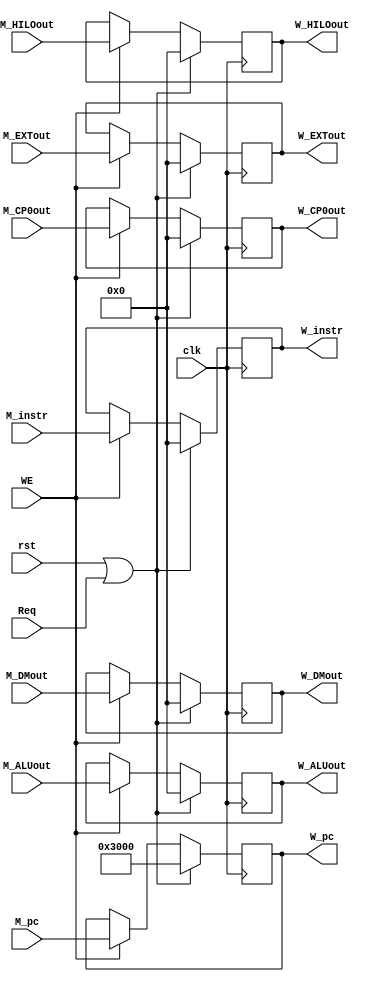
module W_REG (
    input clk,
    input rst,
    input WE,
    input Req,
    input [31:0] M_instr,
    input [31:0] M_pc,
    input [31:0] M_EXTout,
    input [31:0] M_ALUout,
    input [31:0] M_DMout,
    input [31:0] M_HILOout,
    input [31:0] M_CP0out,
    output reg [31:0] W_instr,
    output reg [31:0] W_pc,
    output reg [31:0] W_EXTout,
    output reg [31:0] W_ALUout,
    output reg [31:0] W_DMout,
    output reg [31:0] W_HILOout,
    output reg [31:0] W_CP0out
    );

    always @(posedge clk) begin
        if(rst || Req) begin
            W_instr <= 0;
            W_pc <= 32'h3000;
            W_EXTout <= 0;
            W_ALUout <= 0;
            W_DMout <= 0;
            W_HILOout <= 0;
            W_CP0out <= 0;
        end else if(WE) begin
            W_instr <= M_instr;
            W_pc <= M_pc;
            W_EXTout <= M_EXTout;
            W_ALUout <= M_ALUout;
            W_DMout <= M_DMout;
            W_HILOout <= M_HILOout;
            W_CP0out <= M_CP0out;
        end
    end
    
endmodule